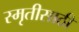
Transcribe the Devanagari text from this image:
स्मृतीसाठी